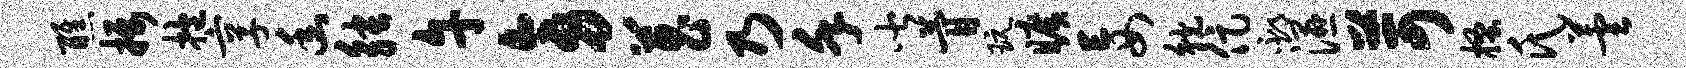
醮摄抱享幽觖午旁菖乃堇皆瞢玩旷妄觥促邳湿苛搔氏芸